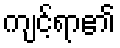
ကျင့်ရာ၏